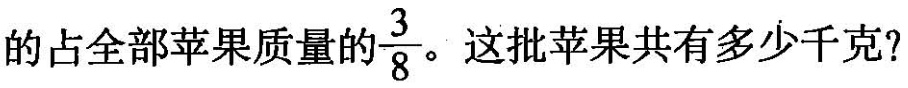
的占全部苹果质量的\frac{3}{8}。这批苹果共有多少千克?